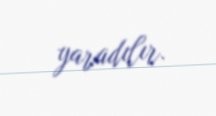
yaradılır.